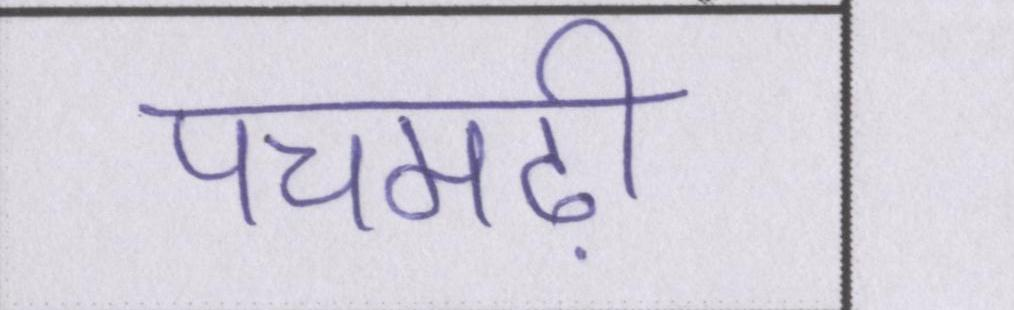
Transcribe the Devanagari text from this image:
पचमढ़ी